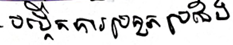
បង្កើតការប្រកួតប្រជែង